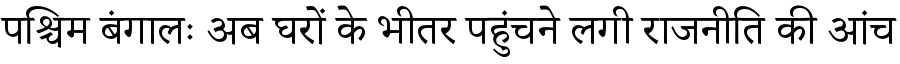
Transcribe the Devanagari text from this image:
पश्चिम बंगालः अब घरों के भीतर पहुंचने लगी राजनीति की आंच